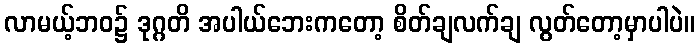
လာမယ့်ဘဝ၌ ဒုဂ္ဂတိ အပါယ်ဘေးကတော့ စိတ်ချလက်ချ လွတ်တော့မှာပါပဲ။